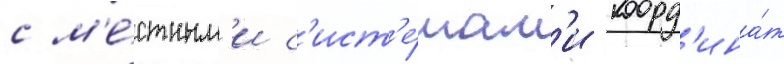
с м'е́стным'и с'ист'е́мам'и коорд'ина́т